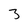
Character: 3